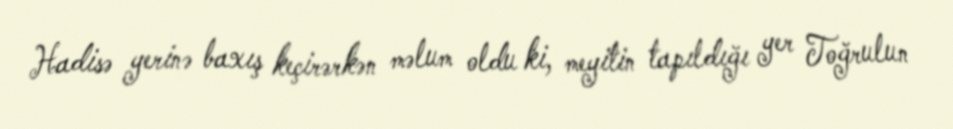
Hadisə yerinə baxış keçirərkən məlum oldu ki, meyitin tapıldığı yer Toğrulun